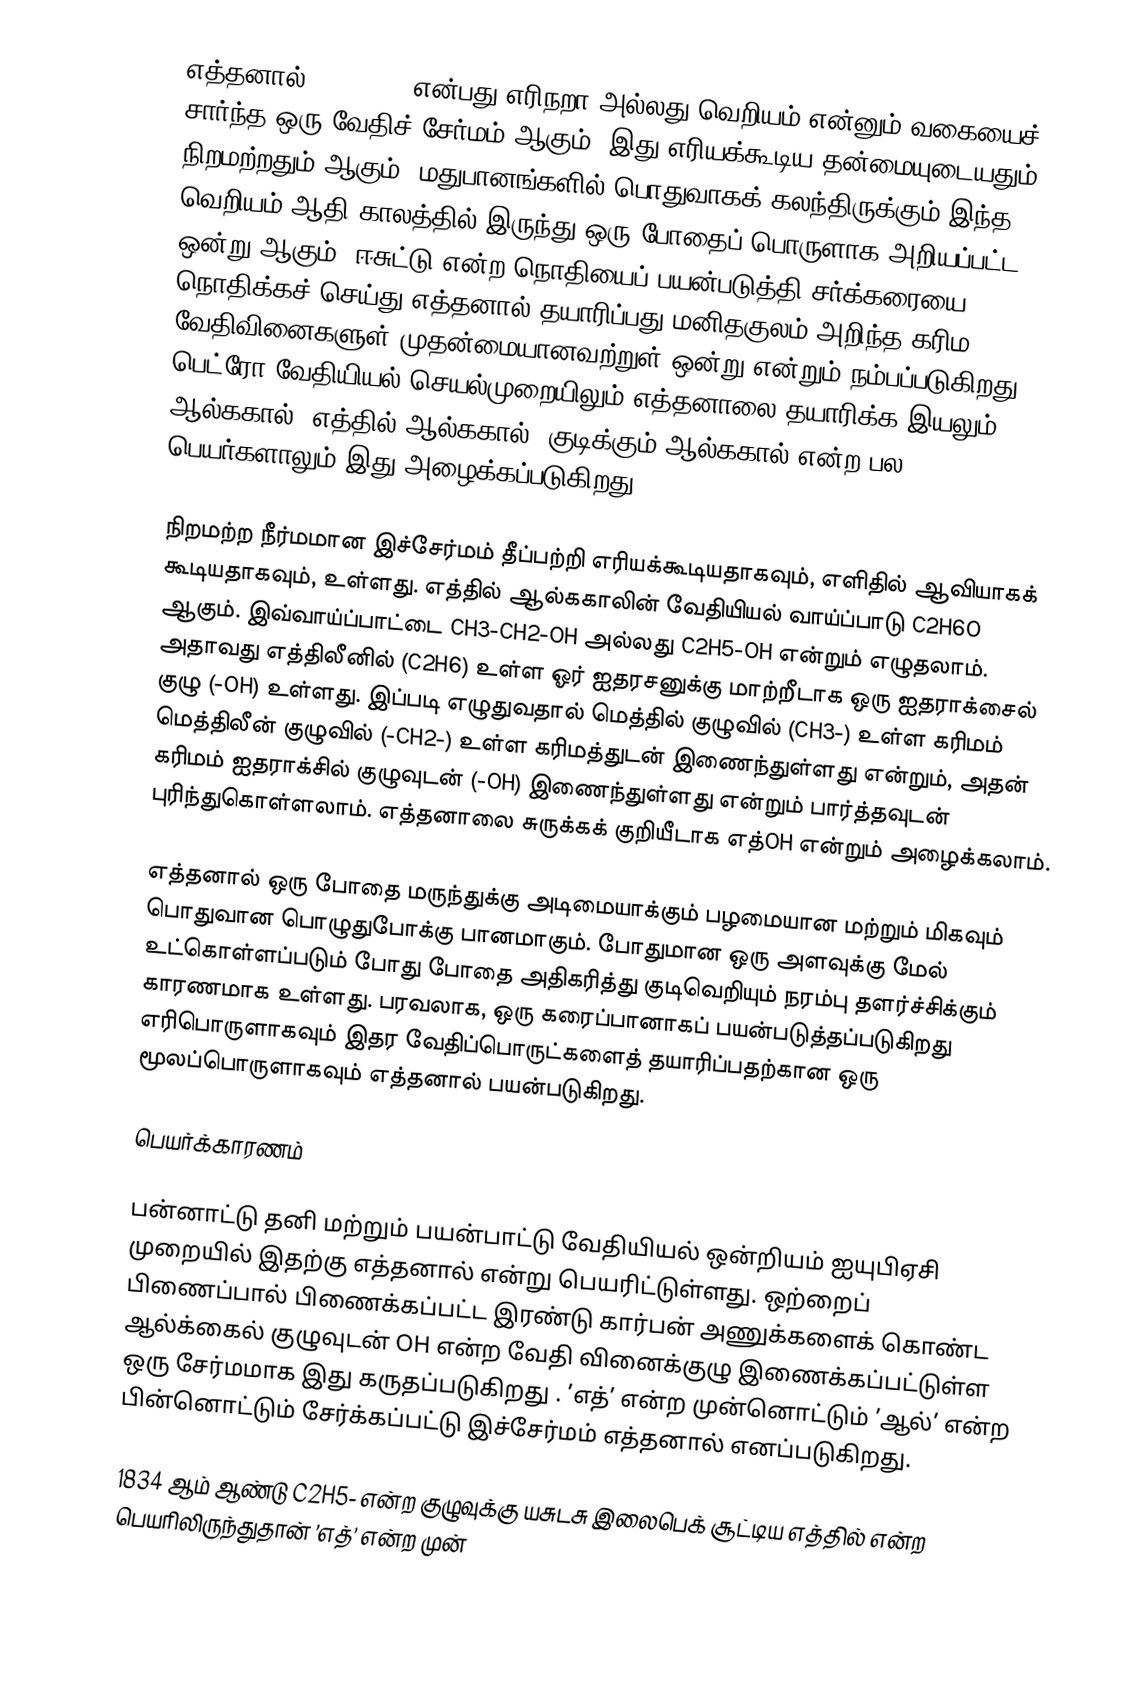
எத்தனால் (Ethanol) என்பது எரிநறா அல்லது வெறியம் என்னும் வகையைச் சார்ந்த ஒரு வேதிச் சேர்மம் ஆகும். இது எரியக்கூடிய தன்மையுடையதும் நிறமற்றதும் ஆகும். மதுபானங்களில் பொதுவாகக் கலந்திருக்கும் இந்த வெறியம் ஆதி காலத்தில் இருந்து ஒரு போதைப் பொருளாக அறியப்பட்ட ஒன்று ஆகும். ஈசுட்டு என்ற நொதியைப் பயன்படுத்தி சர்க்கரையை நொதிக்கச் செய்து எத்தனால் தயாரிப்பது மனிதகுலம் அறிந்த கரிம வேதிவினைகளுள் முதன்மையானவற்றுள் ஒன்று என்றும் நம்பப்படுகிறது. பெட்ரோ வேதியியல் செயல்முறையிலும் எத்தனாலை தயாரிக்க இயலும். ஆல்ககால், எத்தில் ஆல்ககால், குடிக்கும் ஆல்ககால் என்ற பல பெயர்களாலும் இது அழைக்கப்படுகிறது.

நிறமற்ற நீர்மமான இச்சேர்மம் தீப்பற்றி எரியக்கூடியதாகவும், எளிதில் ஆவியாகக் கூடியதாகவும், உள்ளது. எத்தில் ஆல்ககாலின் வேதியியல் வாய்ப்பாடு C2H6O ஆகும். இவ்வாய்ப்பாட்டை CH3-CH2-OH அல்லது C2H5-OH என்றும் எழுதலாம். அதாவது எத்திலீனில் (C2H6) உள்ள ஓர் ஐதரசனுக்கு மாற்றீடாக ஒரு ஐதராக்சைல் குழு (-OH) உள்ளது. இப்படி எழுதுவதால் மெத்தில் குழுவில் (CH3-) உள்ள கரிமம் மெத்திலீன் குழுவில் (-CH2-) உள்ள கரிமத்துடன் இணைந்துள்ளது என்றும், அதன் கரிமம் ஐதராக்சில் குழுவுடன் (-OH) இணைந்துள்ளது என்றும் பார்த்தவுடன் புரிந்துகொள்ளலாம். எத்தனாலை சுருக்கக் குறியீடாக எத்OH என்றும் அழைக்கலாம்.

எத்தனால் ஒரு போதை மருந்துக்கு அடிமையாக்கும் பழமையான மற்றும் மிகவும் பொதுவான பொழுதுபோக்கு பானமாகும்.  போதுமான ஒரு அளவுக்கு மேல் உட்கொள்ளப்படும் போது போதை அதிகரித்து  குடிவெறியும் நரம்பு தளர்ச்சிக்கும் காரணமாக  உள்ளது. பரவலாக, ஒரு கரைப்பானாகப் பயன்படுத்தப்படுகிறது எரிபொருளாகவும் இதர வேதிப்பொருட்களைத் தயாரிப்பதற்கான ஒரு மூலப்பொருளாகவும் எத்தனால் பயன்படுகிறது.

பெயர்க்காரணம்

பன்னாட்டு தனி மற்றும் பயன்பாட்டு வேதியியல் ஒன்றியம் ஐயுபிஏசி முறையில் இதற்கு எத்தனால் என்று பெயரிட்டுள்ளது. ஒற்றைப் பிணைப்பால் பிணைக்கப்பட்ட இரண்டு கார்பன் அணுக்களைக் கொண்ட ஆல்க்கைல் குழுவுடன் OH என்ற வேதி வினைக்குழு இணைக்கப்பட்டுள்ள ஒரு சேர்மமாக இது கருதப்படுகிறது . ’எத்’ என்ற முன்னொட்டும் ’ஆல்’ என்ற பின்னொட்டும் சேர்க்கப்பட்டு இச்சேர்மம் எத்தனால் எனப்படுகிறது.

1834 ஆம் ஆண்டு C2H5- என்ற குழுவுக்கு யசுடசு இலைபெக் சூட்டிய எத்தில் என்ற பெயரிலிருந்துதான் ’எத்’ என்ற முன்